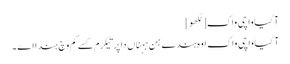
آگیاواچی واک[لکھو]
آگیاواچی واک اوہ ہندے ہن جہناں دا پرتیکرم کسے کم وچ ہندا اے ۔